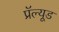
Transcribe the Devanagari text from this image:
प्रॅल्यूड